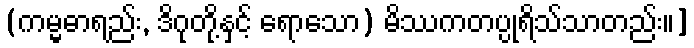
(ကမ္မဓာရည်း, ဒိဂုတို့နှင့် ရောသော) မိဿကတပ္ပုရိသ်သာတည်း။]